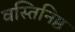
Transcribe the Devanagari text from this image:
वस्तिनिष्ठ